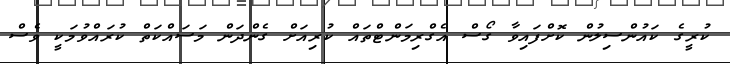
ކުރީގެ ކައުންސިލުން ކޮށްފައިވާ ގޯސް އެގްރިމަންޓްތައް ކުރިއަށް ގެންދަން މަސައްކަތް ކުރައްވުމަކީ ވެސް